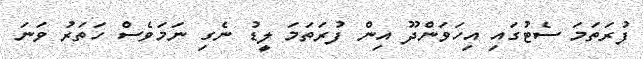
ފުރަތަމަ ސެޓުގައި އިހަވަންދޫ އިން ފުރަތަމަ ލީޑު ނެގި ނަމަވެސް ހަތަރު ވަަނަ